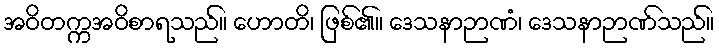
အဝိတက္ကအဝိစာရသည်။ ဟောတိ၊ ဖြစ်၏။ ဒေသနာဉာဏံ၊ ဒေသနာဉာဏ်သည်။